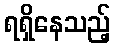
ရရှိနေသည့်